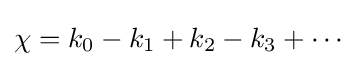
\chi =k_{0}-k_{1}+k_{2}-k_{3}+\cdots